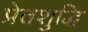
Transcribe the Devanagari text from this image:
प्रेतशुद्धि